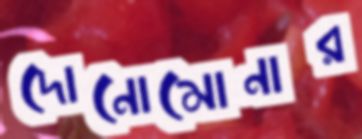
দোনোমোনার